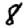
Digit: 8